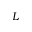
L